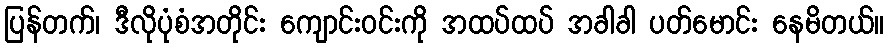
ပြန်တက်၊ ဒီလိုပုံစံအတိုင်း ကျောင်းဝင်းကို အထပ်ထပ် အခါခါ ပတ်မောင်း နေမိတယ်။